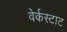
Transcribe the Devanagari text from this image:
वेर्कस्टाट